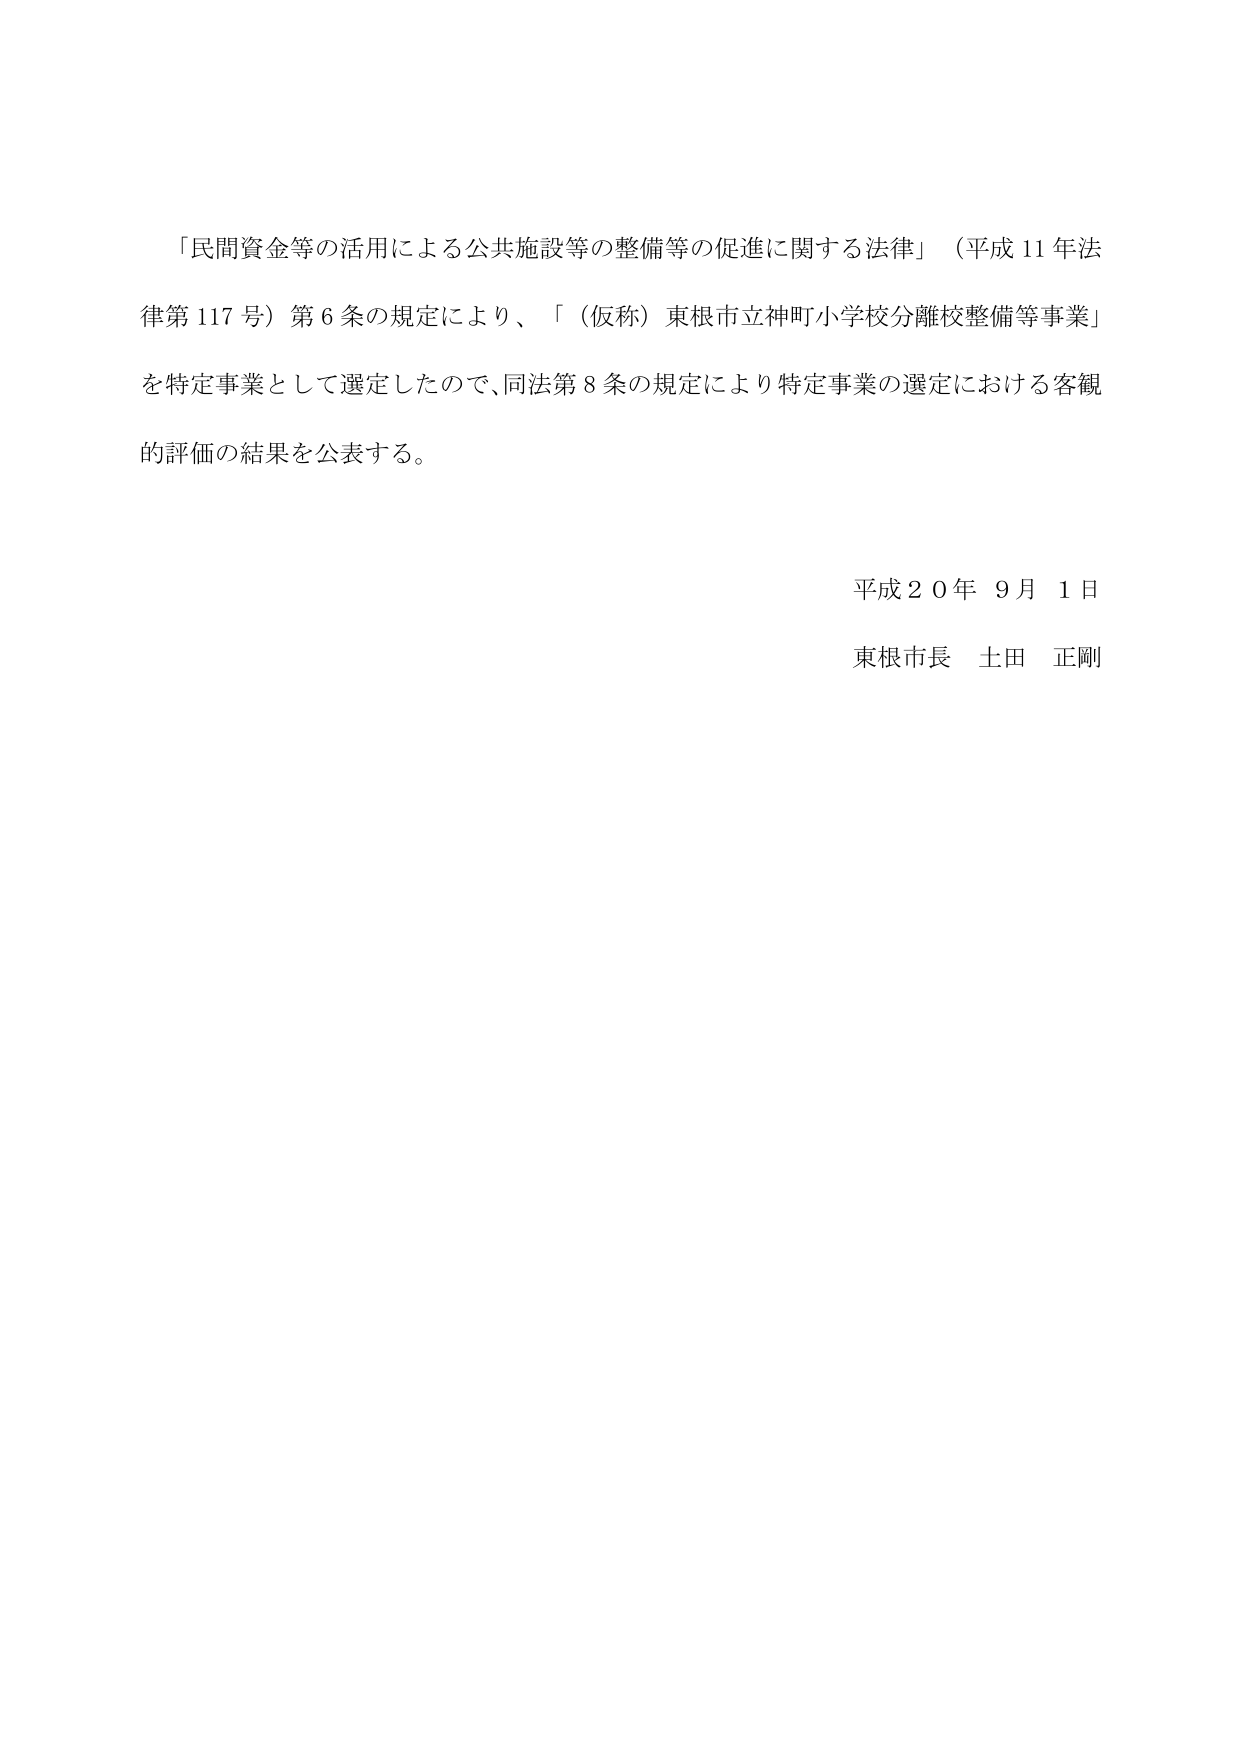
「民間資金等の活用による公共施設等の整備等の促進に関する法律」（平成11年法律第117号）第6条の規定により、「（仮称）東根市立神町小学校分離校整備等事業」を特定事業として選定したので、同法第8条の規定により特定事業の選定における客観的評価の結果を公表する。

平成20年9月1日
東根市長 土田 正剛